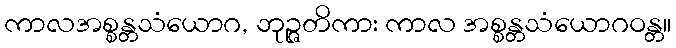
ကာလအစ္စန္တသံယောဂ, ဘုဉ္ဇတိကား ကာလ အစ္စန္တသံယောဂဝန္တ။